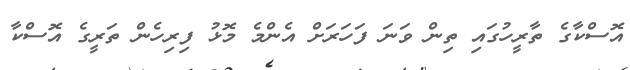
އޮސްކާގެ ތާރީހުގައި ތިން ވަނަ ފަހަރަށް އެންމެ މޮޅު ފިރިހެން ތަރީގެ އޮސްކާ